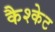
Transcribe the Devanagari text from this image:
कैश्केट